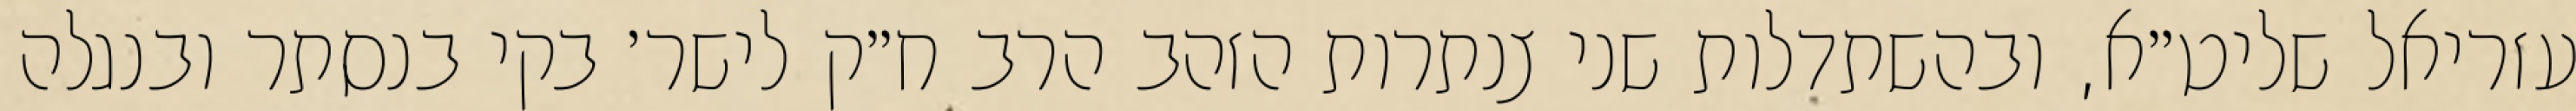
עזריאל שליט״א, ובהשתדלות שני צנתרות הזהב הרב ח״ק לישר׳ בקי בנסתר ובנגלה